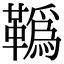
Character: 𩍇